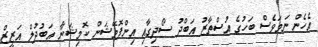
އެހެން ނަމަވެސް ބަހުގެ އުސްތާޒު އަބްދު ސޯދިގާއި އިންފޮމޭޝަން ކޮމިޝަނާ އަބުދުލް އަޒީޒް